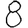
Digit: 8